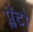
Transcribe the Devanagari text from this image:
प्लॅटो